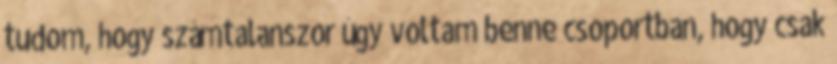
tudom, hogy számtalanszor úgy voltam benne csoportban, hogy csak